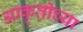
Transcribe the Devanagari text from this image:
आकृतीच्या